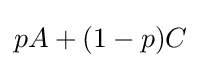
pA+(1-p)C